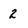
Character: 2